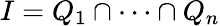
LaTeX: I=Q_{1}\cap\cdots\cap Q_{n}